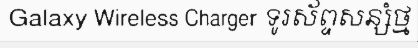
Galaxy Wireless Charger ទូរស័ព្ទសន្សំថ្ម